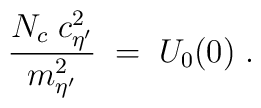
\frac{N_c \; c^2_{\eta^\prime}}{m_{\eta^\prime}^2} \; = \; U_0(0) \; .